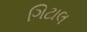
ગિટાલ